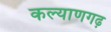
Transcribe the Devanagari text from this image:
कल्याणगढ़